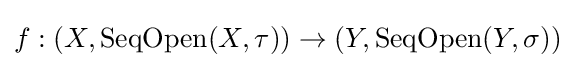
f:(X,\operatorname {SeqOpen} (X,\tau ))\to (Y,\operatorname {SeqOpen} (Y,\sigma ))